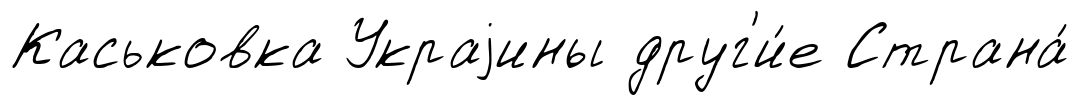
Каськовка Украjины друг'и́е Страна́